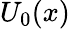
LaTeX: U_{0}(x)